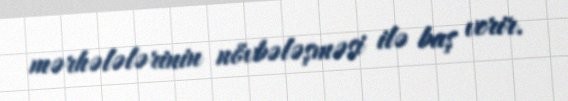
mərhələlərinin növbələşməsi ilə baş verir.